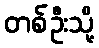
တစ်ဦးသို့